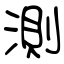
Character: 測